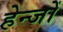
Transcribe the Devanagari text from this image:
हेन्जों